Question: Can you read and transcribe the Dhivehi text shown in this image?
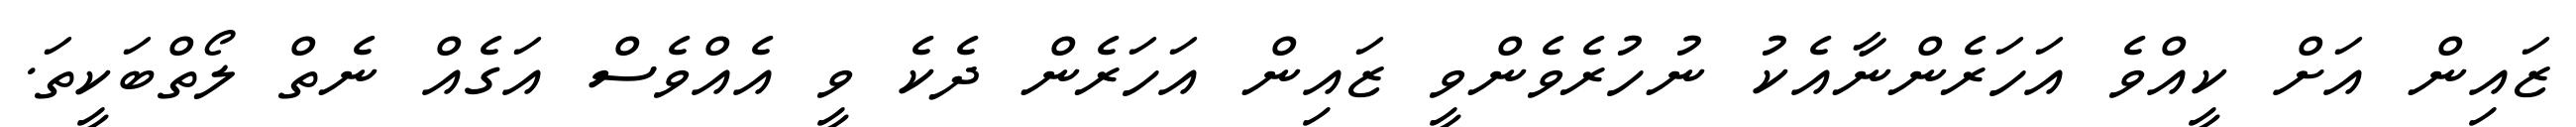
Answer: ޒައިން އަށް ކީއްވެ އަހަރެންނާއެކު ނުހުރެވެންވީ ޒައިން އަހަރެން ދެކެ ވީ އެއްވެސް އަގެއް ނެތް ލޯތްބަކީތަ.